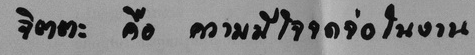
จิตตะ คือ ความมีใจจดจ่อในงาน